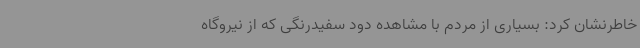
خاطرنشان کرد: بسیاری از مردم با مشاهده دود سفیدرنگی که از نیروگاه